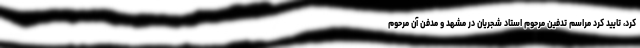
کرد، تایید کرد مراسم تدفین مرحوم استاد شجریان در مشهد و مدفن آن مرحوم